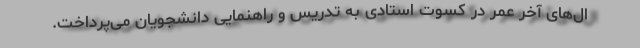
ال‌های آخر عمر در کسوت استادی به تدریس و راهنمایی دانشجویان می‌پرداخت.